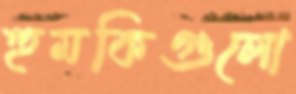
হুমকিগুলো